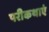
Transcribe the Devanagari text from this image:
परीकथाएं